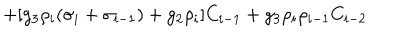
LaTeX: + [ g _ { 3 } \rho _ { i } ( \sigma _ { i } + \sigma _ { i - 1 } ) + g _ { 2 } \rho _ { i } ] C _ { i - 1 } + g _ { 3 } \rho _ { i } \rho _ { i - 1 } C _ { i - 2 }